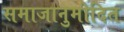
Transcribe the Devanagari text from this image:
समाजानुमोदित